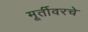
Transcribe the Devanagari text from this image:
मूर्तीवरचे